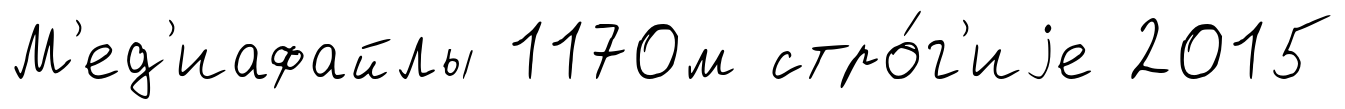
М'ед'иафайлы 1170м стро́г'иjе 2015